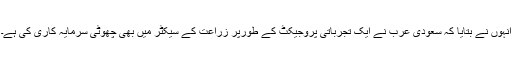
انہوں نے بتایا کہ سعودی عرب نے ایک تجرباتی پروجیکٹ کے طورپر زراعت کے سیکٹر میں بھی چھوٹی سرمایہ کاری کی ہے۔